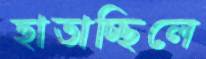
হাতাচ্ছিলে